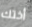
أختك